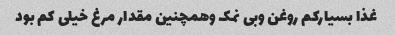
غذا بسیارکم روغن وبی نمک وهمچنین مقدار مرغ خیلی کم بود